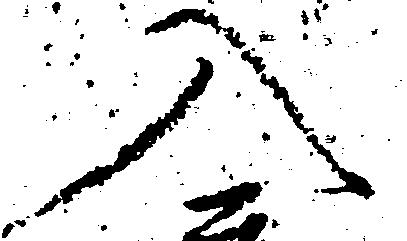
入